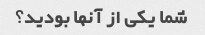
شما یکی از آنها بودید؟